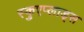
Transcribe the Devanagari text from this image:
स्कुएप्लाड्स